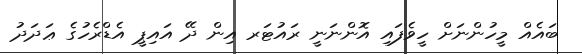
ބައެއް މީހުންނަށް ހީވެފައި އޮންނަނީ ރައުޓަރ އިން ދޭ އައިޕީ އެޑްރެހުގެ ޢަދަދު